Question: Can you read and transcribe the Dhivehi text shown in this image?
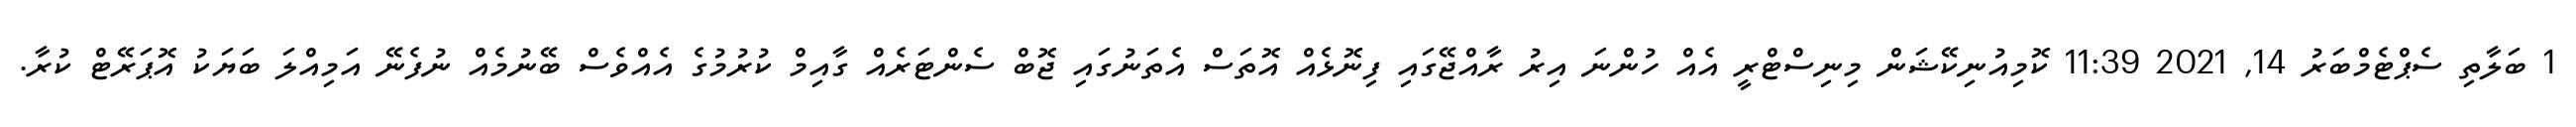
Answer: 1 ބަލާތި ސެޕްޓެމްބަރު 14, 2021 11:39 ކޮމިއުނިކޭޝަން މިނިސްޓްރީ އެއް ހުންނަ އިރު ރާއްޖޭގައި ފިނޮޅެއް އޮތަސް އެތަނުގައި ޖޮބް ސެންޓަރެއް ގާއިމް ކުރުމުގެ އެއްވެސް ބޭނުމެއް ނުފެނޭ އަމިއްލަ ބަޔަކު އޮޕަރޭޓް ކުރާ.